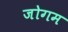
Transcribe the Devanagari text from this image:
जोगम